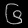
Digit: ၆